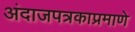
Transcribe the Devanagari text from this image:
अंदाजपत्रकाप्रमाणे